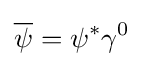
{\overline {\psi }}=\psi ^{*}\gamma ^{0}